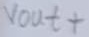
Text: Vout+